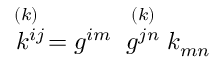
\stackrel { ( k ) \; \; } { k ^ { i j } } = { g ^ { i m } } \; \stackrel { ( k ) } { g ^ { j n } } k _ { m n }